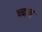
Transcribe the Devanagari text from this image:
चढाचा